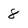
Character: 8